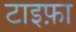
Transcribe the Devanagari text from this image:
टाइफ़ा